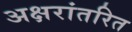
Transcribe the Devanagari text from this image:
अक्षरांतरित